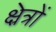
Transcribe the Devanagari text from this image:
क्ष्रेत्रों